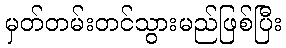
မှတ်တမ်းတင်သွားမည်ဖြစ်ပြီး